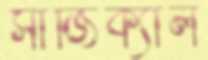
সার্জিক্যাল